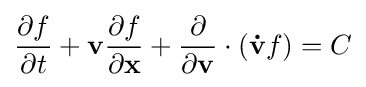
{\frac {\partial f}{\partial t}}+\mathbf {v} {\frac {\partial f}{\partial \mathbf {x} }}+{\frac {\partial }{\partial \mathbf {v} }}\cdot (\mathbf {\dot {v}} f)=C